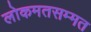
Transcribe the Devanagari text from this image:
लोकमतसम्मत